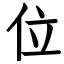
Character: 位